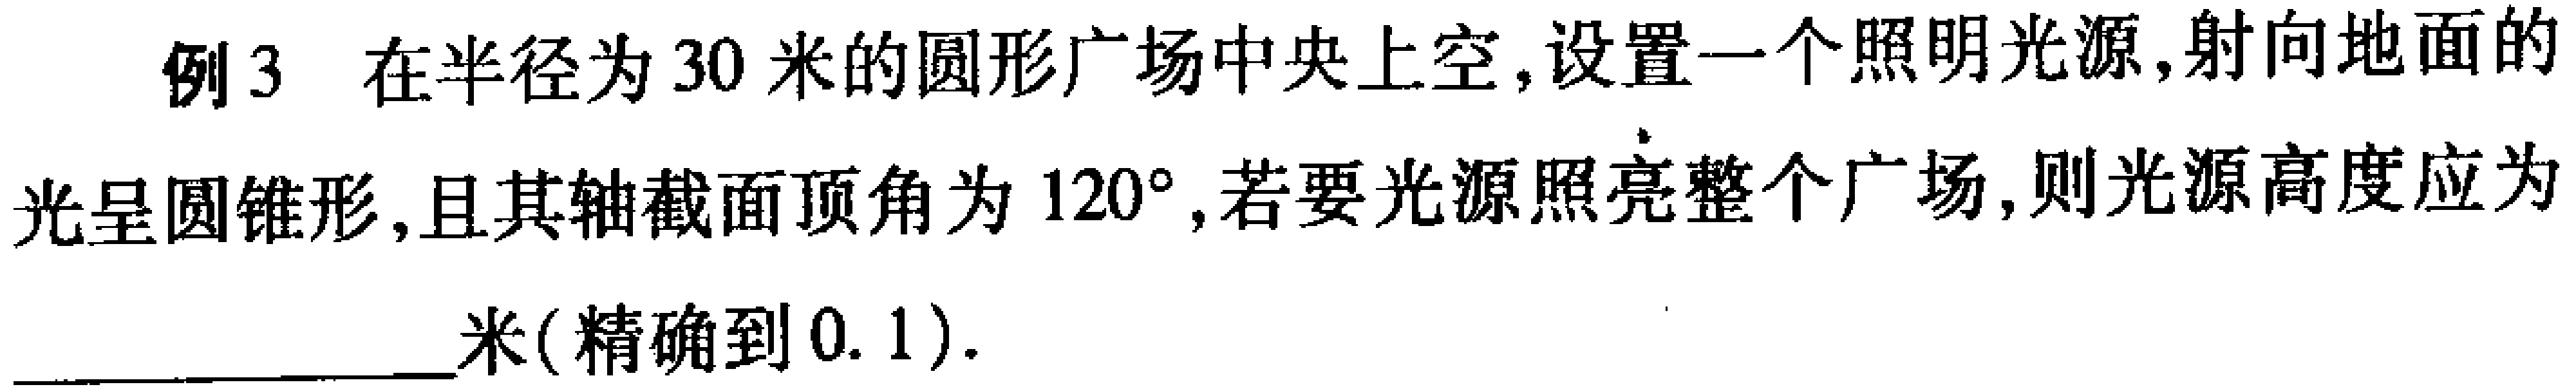
例3 在半径为30米的圆形广场中央上空,设置一个照明光源,射向地面的光呈圆锥形,且其轴截面顶角为\(120^{\circ}\),若要光源照亮整个广场,则光源高度应为____米(精确到\(0.1\)).